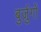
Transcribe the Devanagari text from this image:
बुर्ज़ुगों